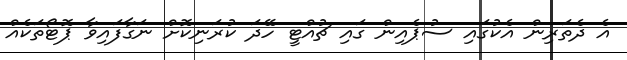
އެ ދެތަރިން އެކުގައި ސުޕެއިން ގައި ޗުއްޓީ ހޭދަ ކުރަނިކޮށް ނަގާފައިވާ ޕޮޓޯތަކެއް